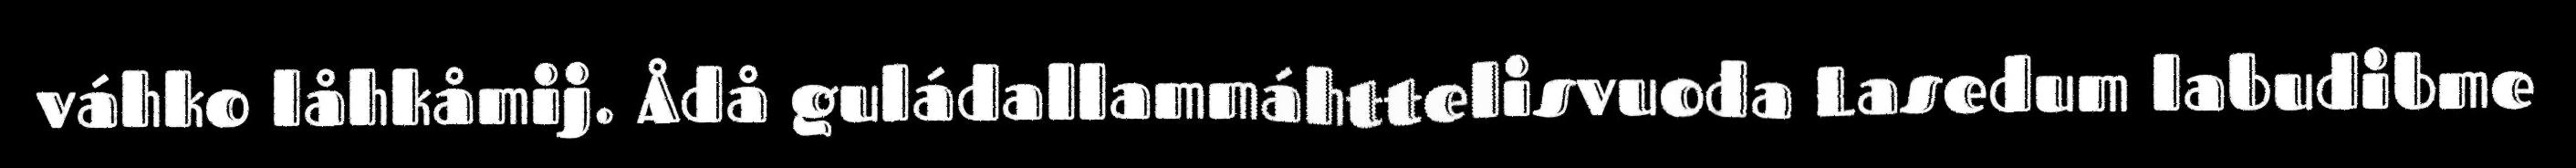
váhko låhkåmij. Ådå guládallammáhttelisvuoda Lasedum labudibme